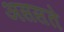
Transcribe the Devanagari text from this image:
अससते